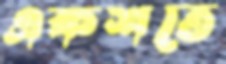
একশতে